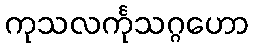
ကုသလင်္ကုသဂ္ဂဟော